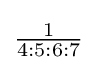
{\tfrac {1}{4:5:6:7}}